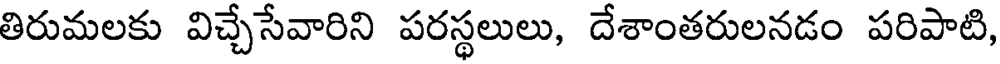
తిరుమలకు విచ్చేసేవారిని పరస్థలులు, దేశాంతరులనడం పరిపాటి,